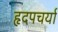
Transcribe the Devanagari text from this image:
हृदपचर्या